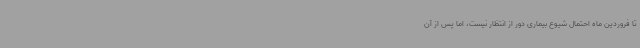
تا فروردین ماه احتمال شیوع بیماری دور از انتظار نیست، اما پس از آن